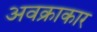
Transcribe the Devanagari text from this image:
अवक्राकार